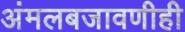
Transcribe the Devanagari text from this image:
अंमलबजावणीही